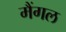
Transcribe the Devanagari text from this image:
मैंगल